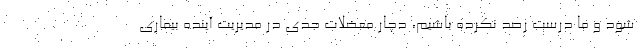
شود و ما درست رصد نکرده باشیم، دچار معضلات جدی در مدیریت آینده بیماری